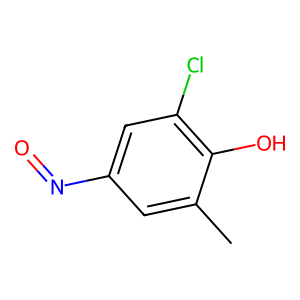
SMILES: Cc1cc(N=O)cc(Cl)c1O
Inhibits HIV replication: No